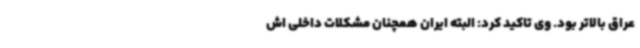
عراق بالاتر بود. وی تاکید کرد: البته ایران همچنان مشکلات داخلی اش